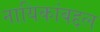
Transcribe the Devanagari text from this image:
नायिकांबद्दल